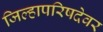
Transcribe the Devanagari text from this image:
जिल्हापरिषदेवर